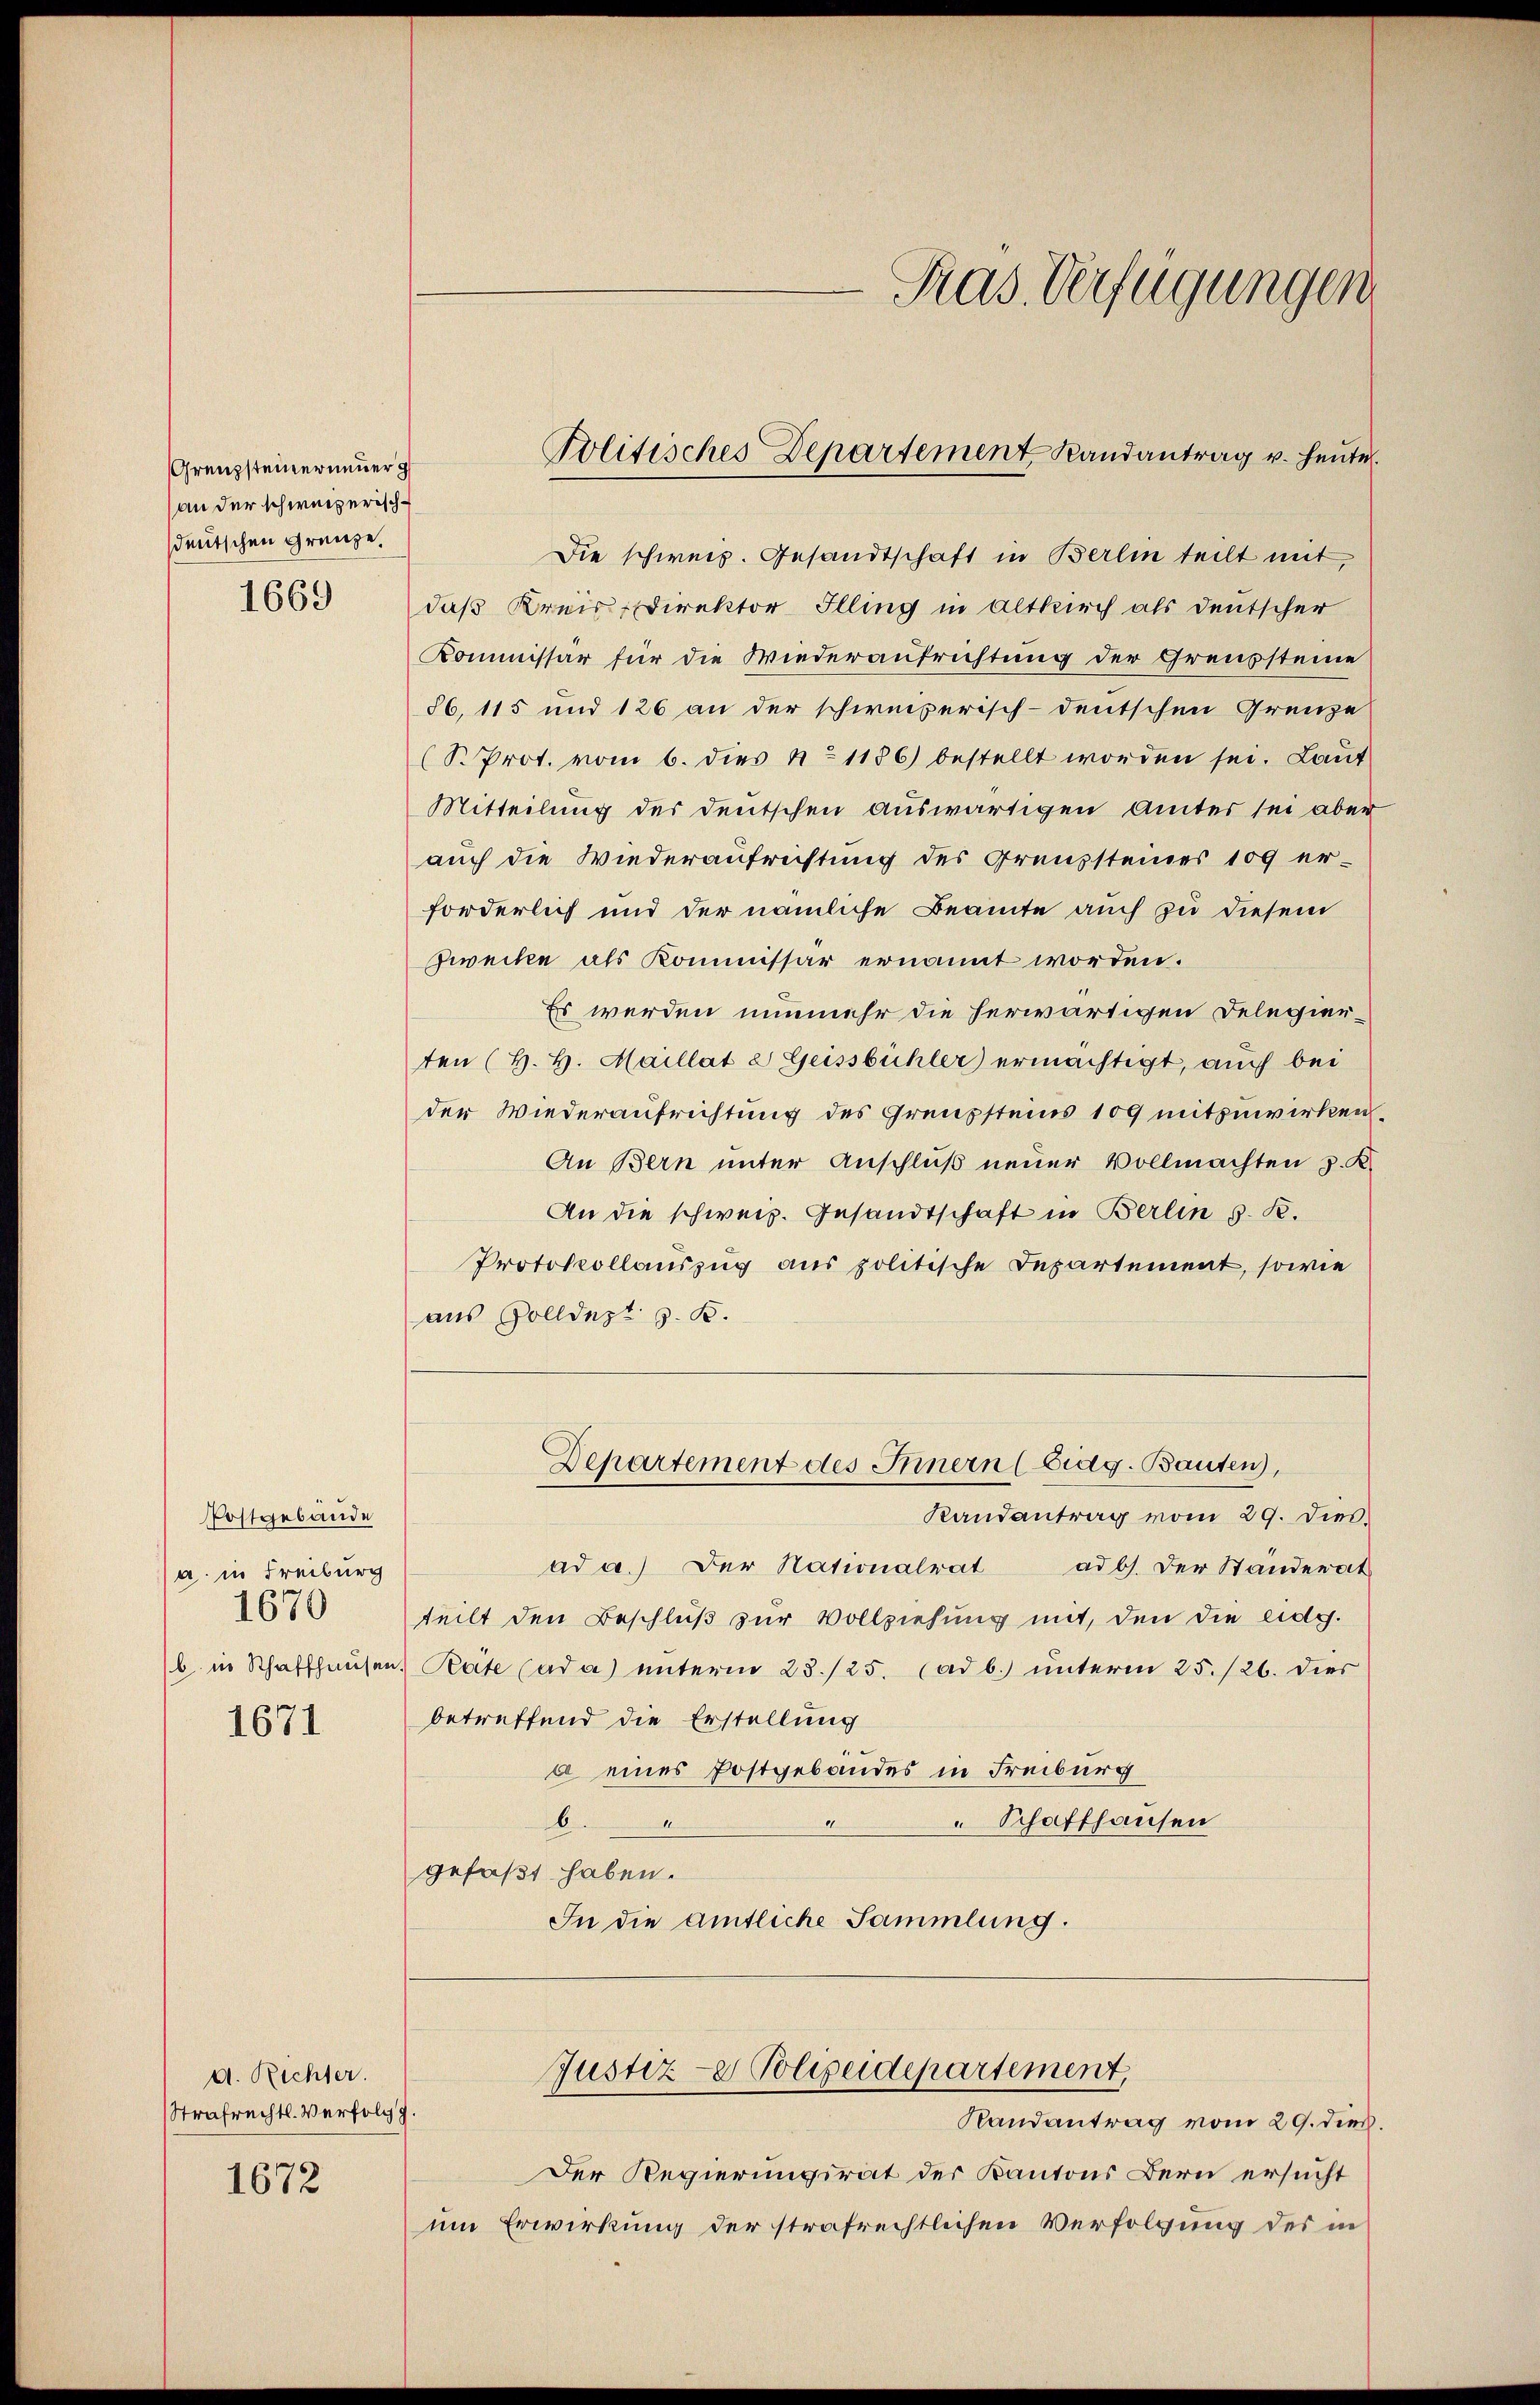
Grenzsteinerneuer g
an der schweizerisch-
sdeutschen Grenze.

1669

Postgebäude
a. in Freiburg
1670
b. in Schaffhausen

1671

d. Richter.
Strafrechtl. Verfolg z.

1672

Die schweiz. Gesandtschaft in Berlin teilt mit,
daß Kreis, Direktor Illing in Altkirch als deutscher
Kommissär für die Wiederaufrichtung der Grenzsteine
86, 115 und 126 an der schweizerisch-deutschen Grenze
(S. Prot. vom 6. dies No 1186) bestellt worden sei. Laut
Mitteilung der deutschen auswärtigen Amtes sei aber
auch die Wiederaufrichtung des Grenzsteines 109 er-
forderlich und der nämliche Beamte auch zu diesem
Zwecke als Kommissar ernannt worden.
Es werden nunmehr die herwärtigen Delegierten (H. H. Maillat a Geissbüchler ermächtigt, auch bei
der Wiederaufrichtung des Grenzsteins 109 mitzuwirken.
An Bern unter Anschluß neuer Vollmachten z. K.
An die schweiz. Gesandtschaft in Berlin s. R.
Protokollauszug aus politische Departement, sowie
aus Zolldezt z. B.

Der Regierungsrat der Kantons Bern ersucht
um Erwirkung der strafrechtlichen Verfolgung des in

Politisches Departement Randantrag v. heute

Departement des Innern (Eidg. Bauten),

Randantrag vom 29. Dies
ad a.) Der Nationalrat ad b. Der Ständerat
teilt den Beschluß zur Vollziehung mit, den die eidg.
Reite Cada) unterm 28./25. (ad b. unterm 25./26. dies
betreffend die Erstellung
a eines Postgebäudes in Freiburg
b.
Schaffhausen
gefaßt haben.
In die amtliche Sammlung.

JJustiz-e Polizeidepartement,
Randantrag vom 29. dies.

Pras. Verfügungen